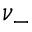
\nu _ { - }